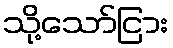
သို့သော်ငြား